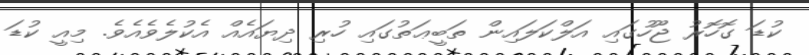
ކުޑަ ގޮހޮރު ޖޫހުގައި އަލްކަލައިން ތަބީޢަތުގައި ހުރި ދިޔައެއް އެކުލެވެއެވެ. މިއީ ކުޑަ